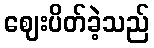
ဈေးပိတ်ခဲ့သည်